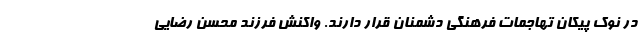
در نوک پیکان تهاجمات فرهنگی دشمنان قرار دارند. واکنش فرزند محسن رضایی